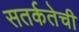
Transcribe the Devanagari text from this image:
सतर्कतेची